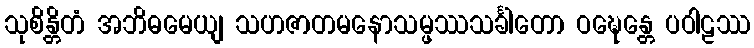
သုစိန္တိတံ အဘိဓမေယျ သဟဇာတမနောသမ္ဖဿသင်္ခါတော ဝဍ္ဎေန္တေ ပဝါဠဿ